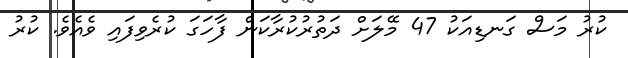
ކުރު މަސް ގަނޑިއަކު 47 މޭލަށް ދަތުރުކުރާކަން ފާހަގަ ކުރެވިފައި ވެއެވެ. ކުރު